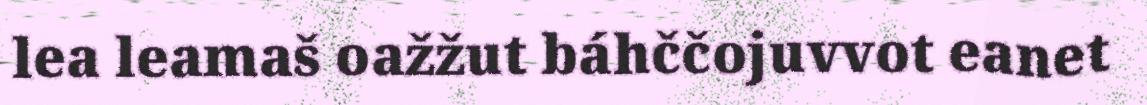
lea leamaš oažžut báhččojuvvot eanet